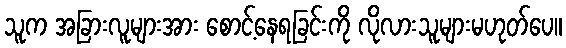
သူက အခြားလူများအား စောင့်နေရခြင်းကို လိုလားသူများမဟုတ်ပေ။